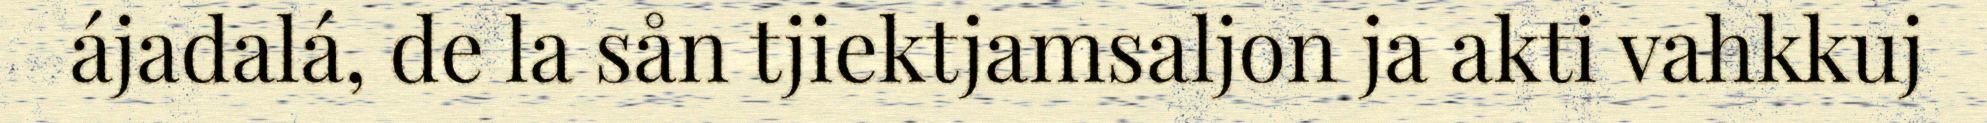
ájadalá, de la sån tjiektjamsaljon ja akti vahkkuj